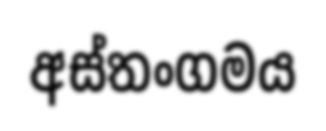
අස්තංගමය